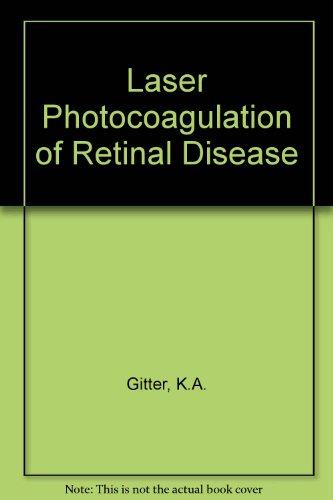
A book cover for Laser Photocoagulation of Retinal Disease; K.A. Gitter; Medical Books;